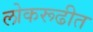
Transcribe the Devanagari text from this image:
लोकरूढीत